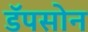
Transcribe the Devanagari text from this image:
डॅपसोन